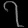
Digit: ၇